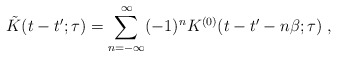
\begin{align*}\tilde K(t-t';\tau)=\sum_{n=-\infty}^\infty (-1)^n K^{(0)}(t-t'-n\beta;\tau)\; ,\end{align*}